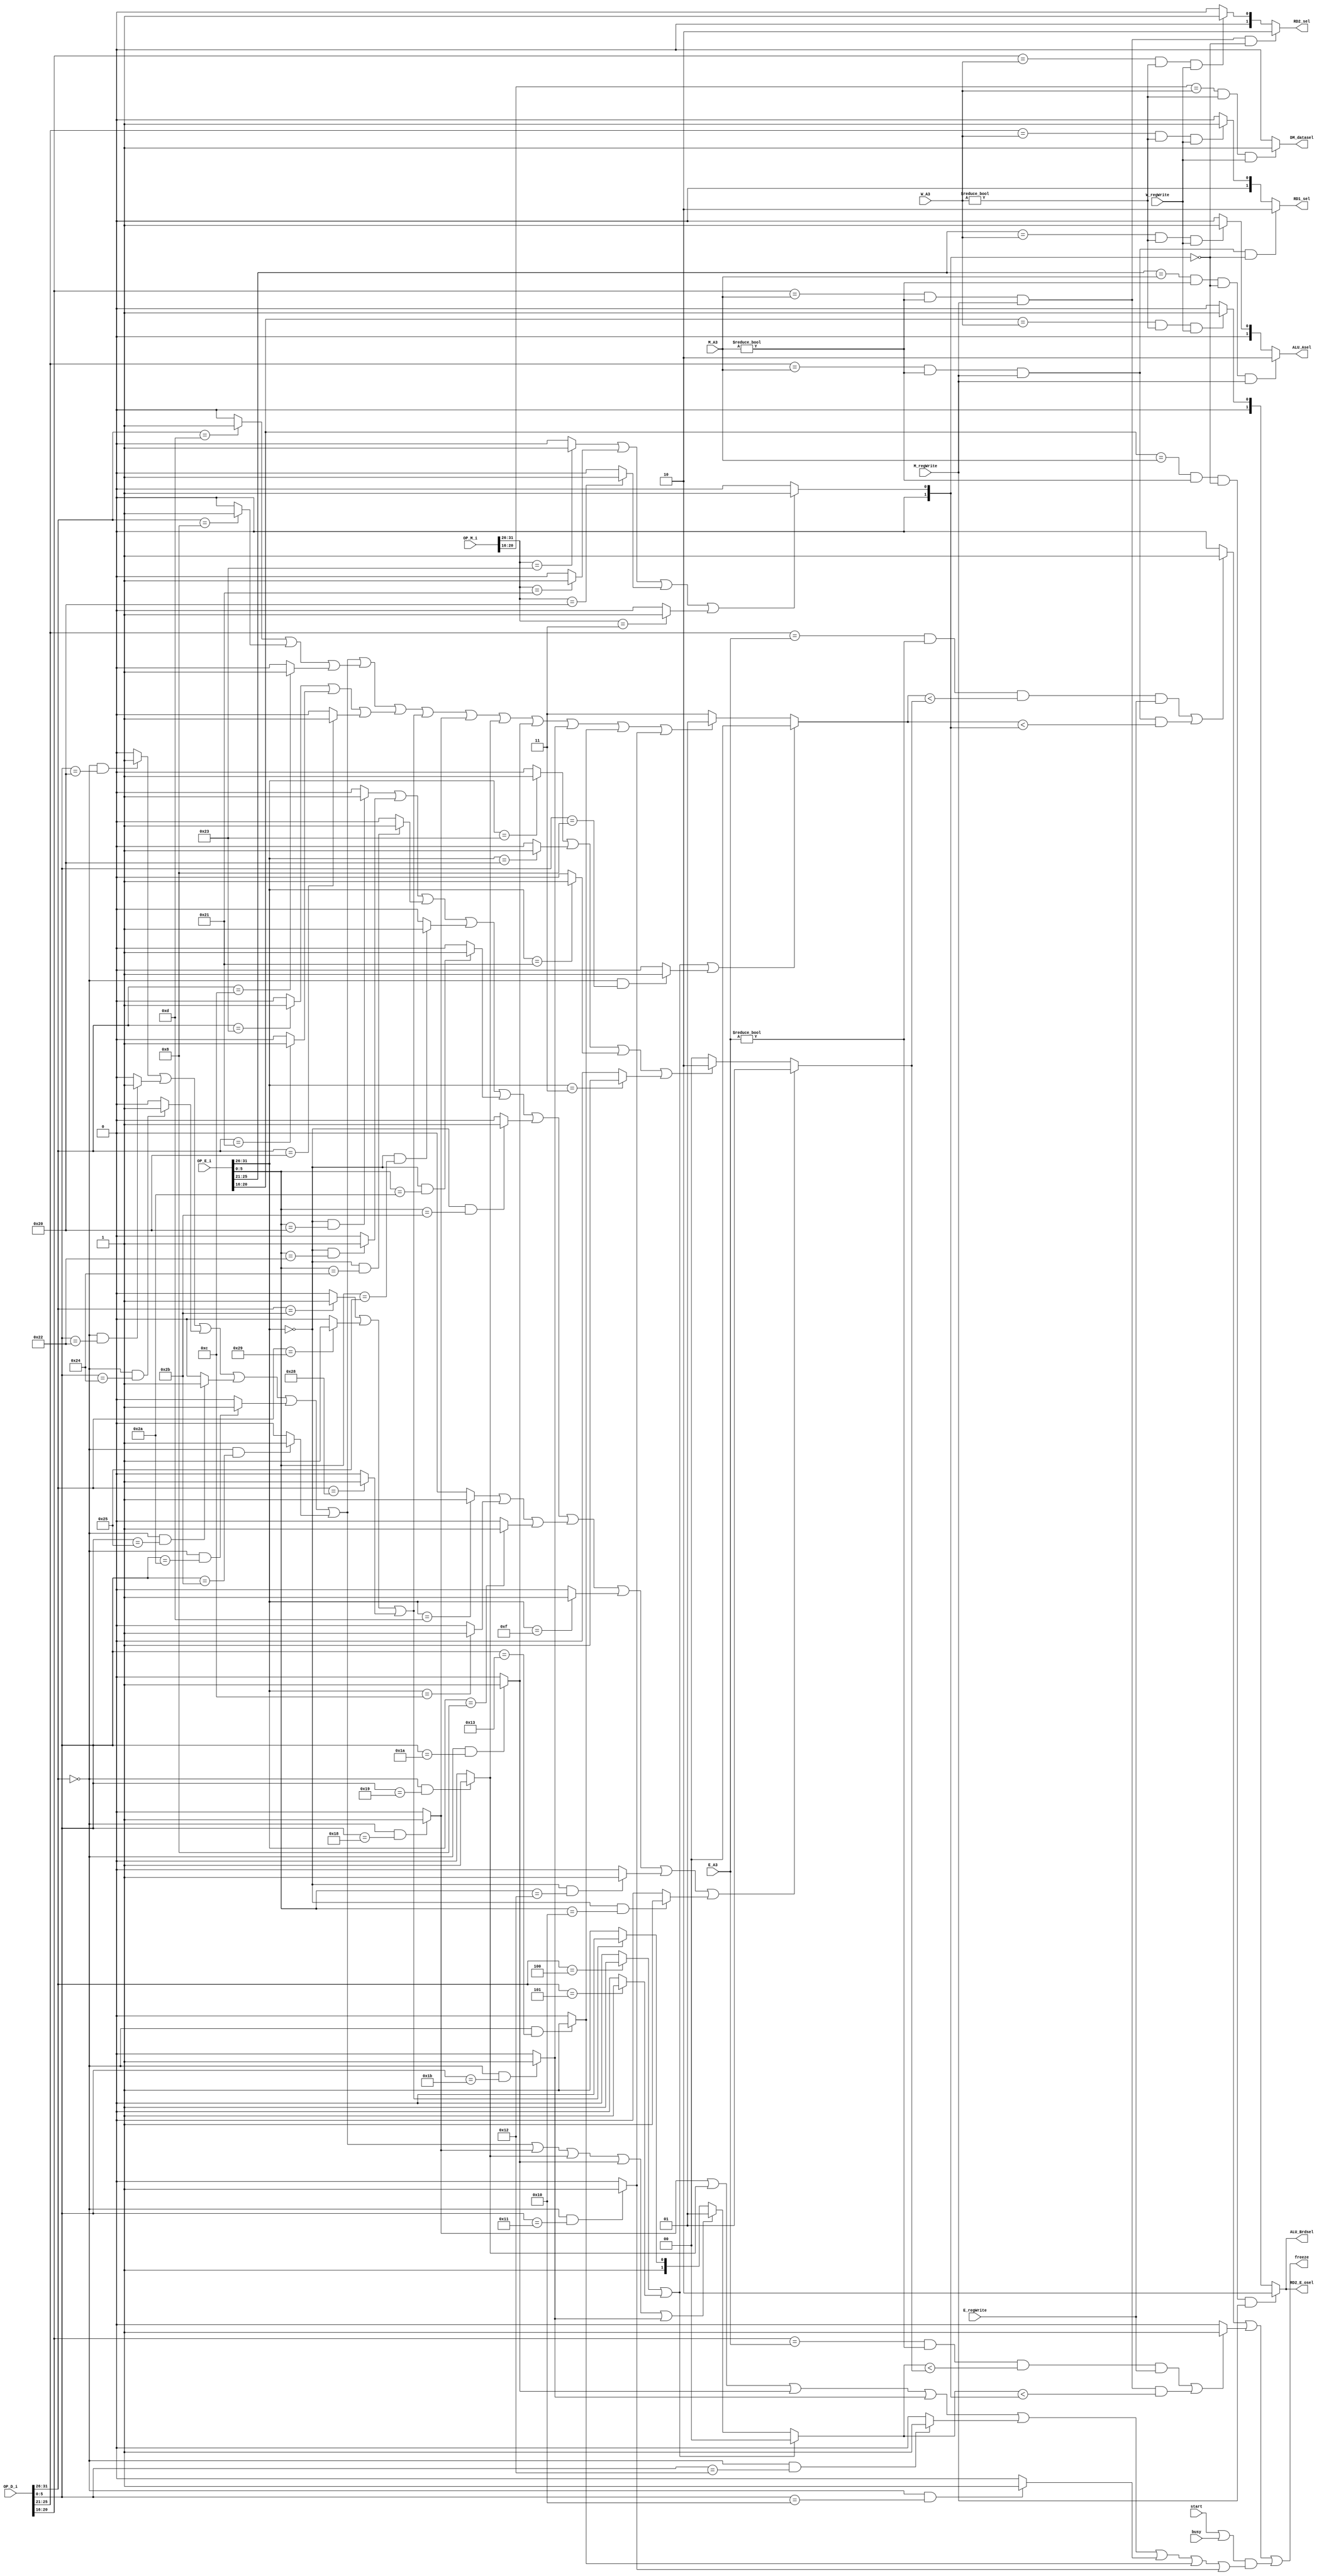
`timescale 1ns / 1ps
//////////////////////////////////////////////////////////////////////////////////
// Company: 
// Engineer: 
// 
// Design Name: 
// Module Name:    FORWARD 
// Project Name: 
// Target Devices: 
// Tool versions: 
// Description: 
//
// Dependencies: 
//
// Revision: 
// Revision 0.01 - File Created
// Additional Comments: 
//
//////////////////////////////////////////////////////////////////////////////////
module FORWARD(
	 //forward input
	 input busy,
	 input start,
	 input [31:0] OP_D_i,
	 input [31:0] OP_E_i,
	 input [31:0] OP_M_i,
	 input E_regWrite,
	 input M_regWrite,
	 input W_regWrite,
	 input [4:0] E_A3,
	 input [4:0] M_A3,
	 input [4:0] W_A3,
	 //forward signal
	 output [1:0] RD1_sel,
	 output [1:0] RD2_sel,
	 output [1:0] ALU_Asel,
	 output [1:0] ALU_Brdsel,
	 output DM_datasel,
	 output [1:0] RD2_E_osel,
	 //stop signal
	 output freeze
    );

wire [31:0] OP_D,OP_E,OP_M;
wire [5:0] OP_D_op,OP_D_func,OP_E_op,OP_E_func,OP_M_op,OP_M_func;
wire [1:0] Ex_Tnew,Me_Tnew,M_Tnew,Wr_Tnew,W_Tnew;
assign OP_D_op=OP_D[31:26];
assign OP_D_func=OP_D[5:0];
assign OP_D=OP_D_i;
assign OP_E_op=OP_E[31:26];
assign OP_E_func=OP_E[5:0];
assign OP_E=OP_E_i;
assign OP_M_op=OP_M[31:26];
assign OP_M_func=OP_M[5:0];
assign OP_M=OP_M_i;


//add instructions
wire R_D,I_D,Br_D,Ju_D,load_D,upload_D,md_D;//sorted_D
wire beq_D,bne_D,j_D,jal_D,jr_D;
wire lb_D,lh_D,sb_D,sh_D,lw_D,sw_D;
wire add_D,sub_D,and_D,or_D,slt_D,sltu_D;
wire ori_D,lui_D,addi_D,andi_D;
wire mult_D,multu_D,div_D,divu_D,mflo_D,mfhi_D,mtlo_D,mthi_D;

wire R_E,I_E,Br_E,Ju_E,load_E,upload_E,md_E;//sorted_E
wire beq_E,bne_E,j_E,jal_E,jr_E;
wire lb_E,lh_E,sb_E,sh_E,lw_E,sw_E;
wire add_E,sub_E,and_E,or_E,slt_E,sltu_E;
wire ori_E,lui_E,addi_E,andi_E;
wire mult_E,multu_E,div_E,divu_E,mflo_E,mfhi_E,mtlo_E,mthi_E;

wire R_M,I_M,Br_M,Ju_M,load_M,upload_M;//sorted_M
wire beq_M,bne_M,j_M,jal_M,jr_M;
wire lh_M,lb_M,sb_M,sh_M,lw_M,sw_M;
wire add_M,sub_M,and_M,or_M,slt_M,sltu_M;
wire ori_M,lui_M,addi_M,andi_M;

//decode instructions
      //D
assign add_D=(OP_D_op==6'b000000 && OP_D_func==6'b100000)? 1:0;
assign sub_D=(OP_D_op==6'b000000 && OP_D_func==6'b100010)? 1:0;
assign ori_D=(OP_D_op==6'b001101)? 1:0;
assign lw_D=(OP_D_op==6'b100011)? 1:0;
assign sw_D=(OP_D_op==6'b101011)? 1:0;
assign lui_D=(OP_D_op==6'b001111)? 1:0;
assign beq_D=(OP_D_op==6'b000100)? 1:0;
assign j_D=(OP_D_op==6'b000010)? 1:0;
assign jal_D=(OP_D_op==6'b000011)? 1:0;
assign jr_D=(OP_D_op==6'b000000 && OP_D_func==6'b001000)? 1:0;
assign lb_D=(OP_D_op==6'b100000)?1:0;
assign lh_D=(OP_D_op==6'b100001)?1:0;
assign sb_D=(OP_D_op==6'b101000)?1:0;
assign sh_D=(OP_D_op==6'b101001)?1:0;
assign and_D=(OP_D_op==6'b000000 && OP_D_func==6'b100100)?1:0;
assign or_D=(OP_D_op==6'b000000 && OP_D_func==6'b100101)?1:0;
assign slt_D=(OP_D_op==6'b000000 && OP_D_func==6'b101010)?1:0;
assign sltu_D=(OP_D_op==6'b000000 && OP_D_func==6'b101011)?1:0;
assign addi_D=(OP_D_op==6'b001000)?1:0;
assign andi_D=(OP_D_op==6'b001100)?1:0;
assign bne_D=(OP_D_op==6'b000101)?1:0;
assign mult_D=(OP_D_op==6'b000000 && OP_D_func==6'b011000)?1:0;
assign multu_D=(OP_D_op==6'b000000 && OP_D_func==6'b011001)?1:0;
assign div_D=(OP_D_op==6'b000000 && OP_D_func==6'b011010)?1:0;
assign divu_D=(OP_D_op==6'b000000 && OP_D_func==6'b011011)?1:0;
assign mfhi_D=(OP_D_op==6'b000000 && OP_D_func==6'b010000)?1:0;
assign mflo_D=(OP_D_op==6'b000000 && OP_D_func==6'b010010)?1:0;
assign mthi_D=(OP_D_op==6'b000000 && OP_D_func==6'b010001)?1:0;
assign mtlo_D=(OP_D_op==6'b000000 && OP_D_func==6'b010011)?1:0;


assign md_D=mult_D|multu_D|div_D|divu_D|mflo_D|mfhi_D|mtlo_D|mthi_D;
assign R_D=add_D|sub_D|and_D|or_D|slt_D|sltu_D;
assign I_D=ori_D|addi_D|andi_D;
assign Br_D=beq_D|bne_D;
assign Ju_D=j_D|jal_D;
assign load_D=lw_D|lh_D|lb_D;
assign upload_D=sw_D|sh_D|sb_D;

      //E
assign add_E=(OP_E_op==6'b000000 && OP_E_func==6'b100000)? 1:0;
assign sub_E=(OP_E_op==6'b000000 && OP_E_func==6'b100010)? 1:0;
assign ori_E=(OP_E_op==6'b001101)? 1:0;
assign lw_E=(OP_E_op==6'b100011)? 1:0;
assign sw_E=(OP_E_op==6'b101011)? 1:0;
assign lui_E=(OP_E_op==6'b001111)? 1:0;
assign beq_E=(OP_E_op==6'b000100)? 1:0;
assign j_E=(OP_E_op==6'b000010)? 1:0;
assign jal_E=(OP_E_op==6'b000011)? 1:0;
assign jr_E=(OP_E_op==6'b000000 && OP_E_func==6'b001000)? 1:0;
assign lb_E=(OP_E_op==6'b100000)?1:0;
assign lh_E=(OP_E_op==6'b100001)?1:0;
assign sb_E=(OP_E_op==6'b101000)?1:0;
assign sh_E=(OP_E_op==6'b101001)?1:0;
assign and_E=(OP_E_op==6'b000000 && OP_E_func==6'b100100)?1:0;
assign or_E=(OP_E_op==6'b000000 && OP_E_func==6'b100101)?1:0;
assign slt_E=(OP_E_op==6'b000000 && OP_E_func==6'b101010)?1:0;
assign sltu_E=(OP_E_op==6'b000000 && OP_E_func==6'b101011)?1:0;
assign addi_E=(OP_E_op==6'b001000)?1:0;
assign andi_E=(OP_E_op==6'b001100)?1:0;
assign bne_E=(OP_E_op==6'b000101)?1:0;
assign mult_E=(OP_E_op==6'b000000 && OP_E_func==6'b011000)?1:0;
assign multu_E=(OP_E_op==6'b000000 && OP_E_func==6'b011001)?1:0;
assign div_E=(OP_E_op==6'b000000 && OP_E_func==6'b011010)?1:0;
assign divu_E=(OP_E_op==6'b000000 && OP_E_func==6'b011011)?1:0;
assign mfhi_E=(OP_E_op==6'b000000 && OP_E_func==6'b010000)?1:0;
assign mflo_E=(OP_E_op==6'b000000 && OP_E_func==6'b010010)?1:0;
assign mthi_E=(OP_E_op==6'b000000 && OP_E_func==6'b010001)?1:0;
assign mtlo_E=(OP_E_op==6'b000000 && OP_E_func==6'b010011)?1:0;

assign md_E=mult_E|multu_E|div_E|divu_E|mflo_E|mfhi_E|mtlo_E|mthi_E;
assign R_E=add_E|sub_E|and_E|or_E|slt_E|sltu_E;
assign I_E=ori_E|andi_E|addi_E;
assign Br_E=beq_E|bne_E;
assign Ju_E=j_E|jal_E;
assign load_E=lw_E|lb_E|lh_E;
assign upload_E=sw_E|sh_E|sb_E;

      //M
assign add_M=(OP_M_op==6'b000000 && OP_M_func==6'b100000)? 1:0;
assign sub_M=(OP_M_op==6'b000000 && OP_M_func==6'b100010)? 1:0;
assign ori_M=(OP_M_op==6'b001101)? 1:0;
assign lw_M=(OP_M_op==6'b100011)? 1:0;
assign sw_M=(OP_M_op==6'b101011)? 1:0;
assign lui_M=(OP_M_op==6'b001111)? 1:0;
assign beq_M=(OP_M_op==6'b000100)? 1:0;
assign j_M=(OP_M_op==6'b000010)? 1:0;
assign jal_M=(OP_M_op==6'b000011)? 1:0;
assign jr_M=(OP_M_op==6'b000000 && OP_M_func==6'b001000)? 1:0;
assign lb_M=(OP_M_op==6'b100000)?1:0;
assign lh_M=(OP_M_op==6'b100001)?1:0;
assign sb_M=(OP_M_op==6'b101000)?1:0;
assign sh_M=(OP_M_op==6'b101001)?1:0;
assign and_M=(OP_M_op==6'b000000 && OP_M_func==6'b100100)?1:0;
assign or_M=(OP_M_op==6'b000000 && OP_M_func==6'b100101)?1:0;
assign slt_M=(OP_M_op==6'b000000 && OP_M_func==6'b101010)?1:0;
assign sltu_M=(OP_M_op==6'b000000 && OP_M_func==6'b101011)?1:0;
assign addi_M=(OP_M_op==6'b001000)?1:0;
assign andi_M=(OP_M_op==6'b001100)?1:0;
assign bne_M=(OP_M_op==6'b000101)? 1:0;

assign R_M=add_M|sub_M|and_M|or_M|slt_M|sltu_M;
assign I_M=ori_M|andi_M|addi_M;
assign Br_M=beq_M|bne_M;
assign Ju_M=j_M|jal_M;
assign load_M=lw_M|lh_M|lb_M;
assign upload_M=sw_M|sh_M|sb_M;
//stall
wire [1:0] rs_Tuse,rt_Tuse;
wire rs_stall,rt_stall;
      //change
assign rs_Tuse=(Br_D|jr_D)?2'b00:
               (R_D|I_D|load_D|upload_D|mult_D|multu_D|div_D|divu_D|mtlo_D|mthi_D)?2'b01:2'b11;
assign rt_Tuse=(Br_D)?2'b00:
               (R_D|mult_D|multu_D|div_D|divu_D)?2'b01:
					(upload_D)?2'b10:2'b11;
		//
assign rs_stall=((OP_D[25:21]==E_A3 && E_A3!=0 && rs_Tuse<Ex_Tnew && E_regWrite==1) || (OP_D[25:21]==M_A3 && M_A3!=0 && M_regWrite==1 && rs_Tuse<Me_Tnew))?1:0;
assign rt_stall=((OP_D[20:16]==E_A3 && E_A3!=0 && rt_Tuse<Ex_Tnew && E_regWrite==1) || (OP_D[20:16]==M_A3 && M_A3!=0 && M_regWrite==1 && rt_Tuse<Me_Tnew))?1:0;
assign freeze=rs_stall|rt_stall|((start|busy)&md_D);
//calculate Execute_Tnew

assign Ex_Tnew=(R_E|I_E|lui_E|mflo_E|mfhi_E)?2'b01:
               (load_E|jal_E)?2'b10:2'b00;

//calculate Me_Tnew
                
assign Me_Tnew=(load_M|jal_M)?2'b01:2'b00;   
assign M_Tnew=Me_Tnew;	 

//calculate Wr_Tnew

assign Wr_Tnew=2'b00;
assign W_Tnew=Wr_Tnew;

//forward controller
assign RD1_sel=(OP_D[25:21]==M_A3 && M_A3!=0 && M_regWrite==1 && M_Tnew==0)?2'b10:
               (OP_D[25:21]==W_A3 && W_A3!=0 && W_regWrite==1)?2'b01:2'b00;              
assign RD2_sel=(OP_D[20:16]==M_A3 && M_A3!=0 && M_regWrite==1 && M_Tnew==0)?2'b10:
               (OP_D[20:16]==W_A3 && W_A3!=0 && W_regWrite==1)?2'b01:2'b00;             
assign ALU_Asel=(OP_E[25:21]==M_A3 && M_A3!=0 && M_Tnew==0 && M_regWrite==1)?2'b10:
                (OP_E[25:21]==W_A3 && W_A3!=0 && W_Tnew==0 && W_regWrite==1)?2'b01:2'b00;
assign ALU_Brdsel=(OP_E[20:16]==M_A3 && M_A3!=0 && M_Tnew==0 && M_regWrite==1)?2'b10:
                  (OP_E[20:16]==W_A3 && W_A3!=0 && W_Tnew==0 && W_regWrite==1)?2'b01:2'b00;
assign DM_datasel=(OP_M[20:16]==W_A3 && W_A3!=0 && W_Tnew==0 && W_regWrite==1)?1:0;
assign RD2_E_osel=(OP_E[20:16]==M_A3 && M_A3!=0 && M_Tnew==0 && M_regWrite==1)?2'b10:
                  (OP_E[20:16]==W_A3 && W_A3!=0 && W_Tnew==0 && W_regWrite==1)?2'b01:2'b00;
endmodule